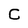
Character: C